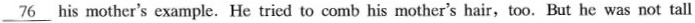
\underline{76} his mother's example. He tried to comb his mother's hair,too. But he was not tall